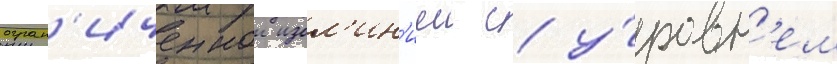
огран'иченнои изол'ин'иеи с у́ровн'ем